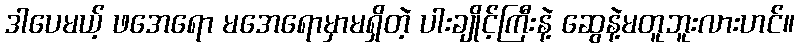
ဒါပေမယ့် ဖအေရော မအေရောမှာမရှိတဲ့ ပါးချိုင့်ကြီးနဲ့ ဆွေနဲ့မတူဘူးလားဟင်။